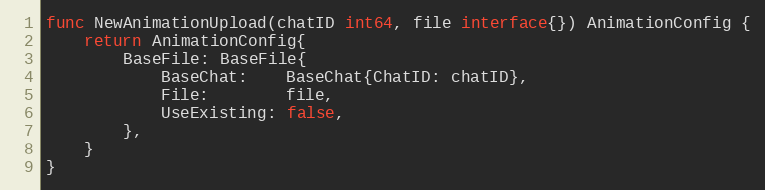
Language: Go
func NewAnimationUpload(chatID int64, file interface{}) AnimationConfig {
	return AnimationConfig{
		BaseFile: BaseFile{
			BaseChat:    BaseChat{ChatID: chatID},
			File:        file,
			UseExisting: false,
		},
	}
}